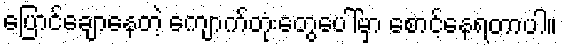
ပြောင်ချောနေတဲ့ ကျောက်တုံးတွေပေါ်မှာ စောင့်နေရတာပါ။